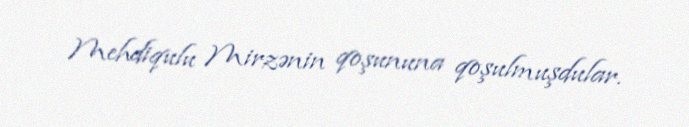
Mehdiqulu Mirzənin qoşununa qoşulmuşdular.